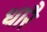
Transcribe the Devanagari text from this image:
धारै